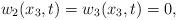
LaTeX: \begin{align*}w_2(x_3,t)=w_3(x_3,t)=0,\end{align*}